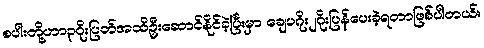
စပါးတို့ဟာ၃ဂိုးပြတ်အထိဦးဆောင်နိုင်ခဲ့ပြီးမှာ ချေပဂိုး၂ဂိုးပြန်ပေးခဲ့ရတာဖြစ်ပါတယ်။